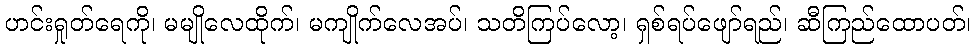
ဟင်းရှုတ်ရေကို၊ မမျိုလေထိုက်၊ မကျိုက်လေအပ်၊ သတိကြပ်လော့၊ ရှစ်ရပ်ဖျော်ရည်၊ ဆီကြည်ထောပတ်၊